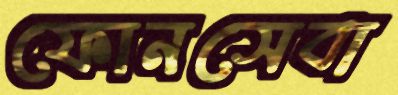
ফোনসেবা